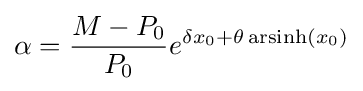
\alpha ={\frac {M-P_{0}}{P_{0}}}e^{\delta x_{0}+\theta \operatorname {arsinh} (x_{0})}